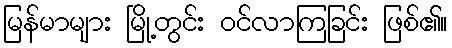
မြန်မာများ မြို့တွင်း ဝင်လာကြခြင်း ဖြစ်၏။